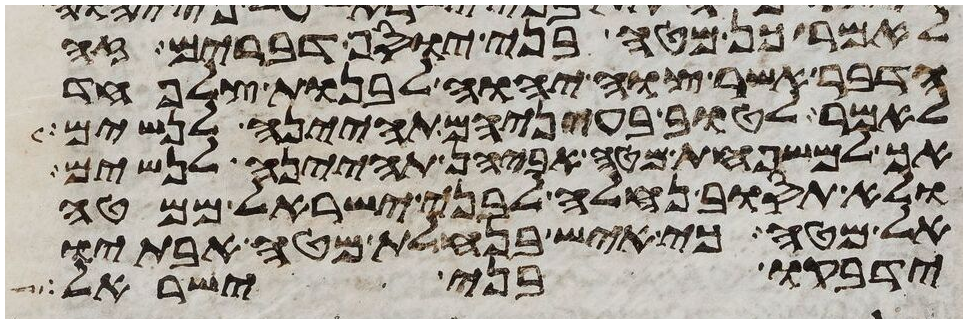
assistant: לאמר כן מטה בני יוסף דברים זה
הדבר אשר צוה יהוה לבנות צלפחד
לאמר לטוב בעיניהם תהינה לנשים
אך למשפחת מטה אביהן תהינה לנשים
ולא תסוב נחלה לבני ישראל ממטה
אל מטה כי איש בנחלת מטה אבתיו
ידבקו בני ישראל